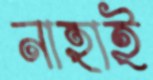
নাহাই